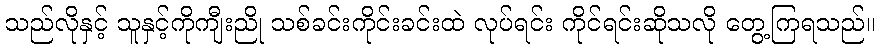
သည်လိုနှင့် သူနှင့်ကိုကျီးညို သစ်ခင်းကိုင်းခင်းထဲ လုပ်ရင်း ကိုင်ရင်းဆိုသလို တွေ့ကြရသည်။